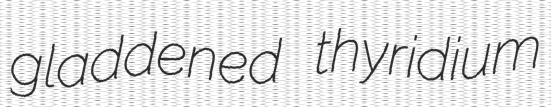
gladdened thyridium